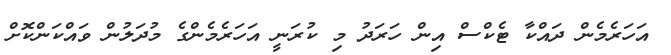
އަހަރެމެން ދައްކާ ޓެކްސް އިން ހަރަދު މި ކުރަނީ އަހަރެމެންގެ މުދަލުން ވައްކަންކޮށް